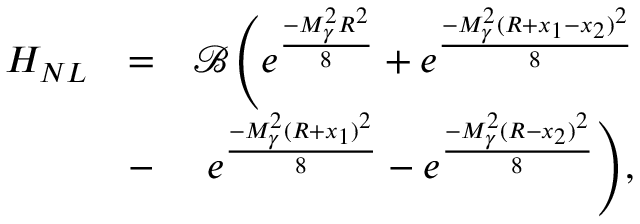
\begin{array} { r l r } { H _ { N L } } & { = } & { \mathcal { B } \Bigg ( e ^ { \frac { - M _ { \gamma } ^ { 2 } R ^ { 2 } } { 8 } } + e ^ { \frac { - M _ { \gamma } ^ { 2 } ( R + x _ { 1 } - x _ { 2 } ) ^ { 2 } } { 8 } } } \\ & { - } & { e ^ { \frac { - M _ { \gamma } ^ { 2 } ( R + x _ { 1 } ) ^ { 2 } } { 8 } } - e ^ { \frac { - M _ { \gamma } ^ { 2 } ( R - x _ { 2 } ) ^ { 2 } } { 8 } } \Bigg ) , } \end{array}